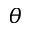
\theta